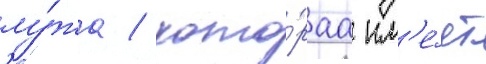
лу́жа / кото́раа им'е́ет